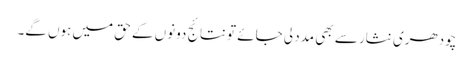
چودھری نثار سے بھی مدد لی جائے تو نتائج دونوں کے حق میں ہوں گے۔